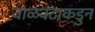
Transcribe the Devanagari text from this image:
वाळवंटाकडुन